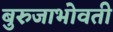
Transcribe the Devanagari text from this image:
बुरुजाभोवती